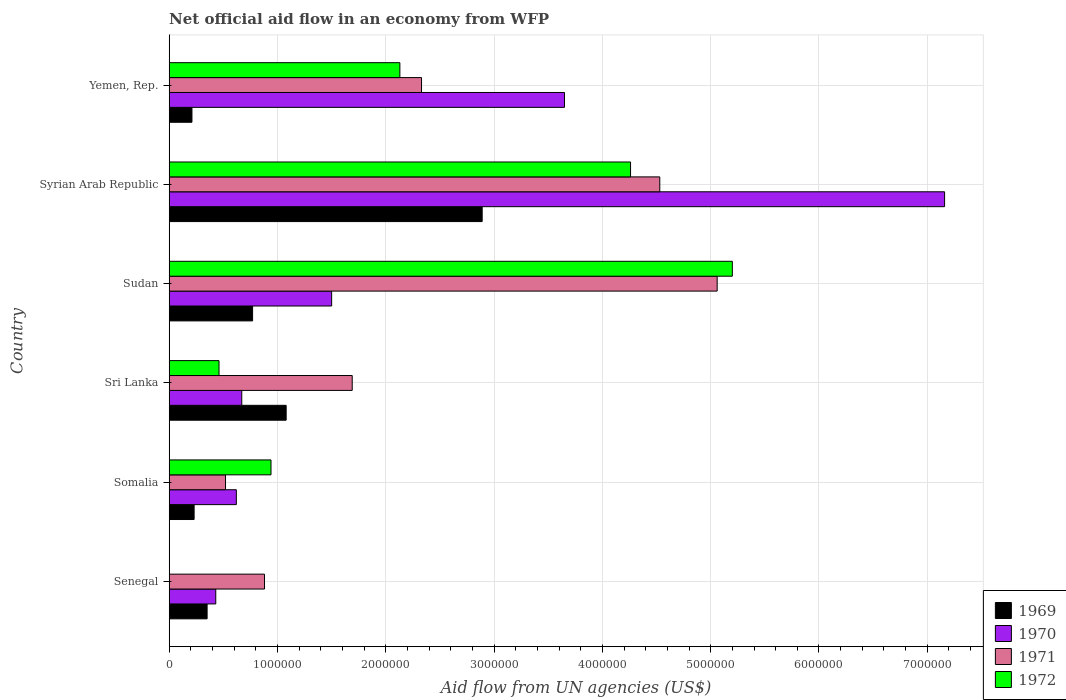
| Country | 1969 | 1970 | 1971 | 1972 |
 | --- | --- | --- | --- | --- |
 | Senegal | 3.5e+05 | 4.3e+05 | 8.8e+05 | -4e+04 |
 | Somalia | 2.3e+05 | 6.2e+05 | 5.2e+05 | 9.4e+05 |
 | Sri Lanka | 1.08e+06 | 6.7e+05 | 1.69e+06 | 4.6e+05 |
 | Sudan | 7.7e+05 | 1.5e+06 | 5.06e+06 | 5.2e+06 |
 | Syrian Arab Republic | 2.89e+06 | 7.16e+06 | 4.53e+06 | 4.26e+06 |
 | Yemen, Rep. | 2.1e+05 | 3.65e+06 | 2.33e+06 | 2.13e+06 |